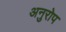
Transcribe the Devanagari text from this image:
अनुरोप